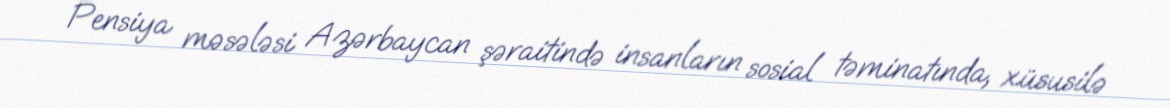
Pensiya məsələsi Azərbaycan şəraitində insanların sosial təminatında, xüsusilə